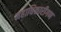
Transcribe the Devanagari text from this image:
महाधिकारीगण